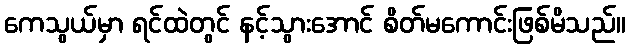
ကေသွယ်မှာ ရင်ထဲတွင် နင့်သွားအောင် စိတ်မကောင်းဖြစ်မိသည်။